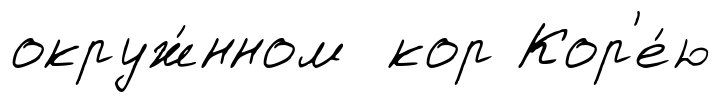
окруж́нном кор Кор'е́ю